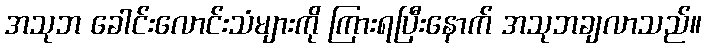
အသုဘ ခေါင်းလောင်းသံများကို ကြားရပြီးနောက် အသုဘချလာသည်။